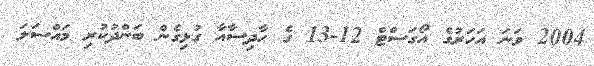
2004 ވަނަ އަހަރުގެ އޯގަސްޓް 12-13 ގެ ހާދިސާއާ ގުޅިގެން ބަންދުކުރި މައްސަލަ